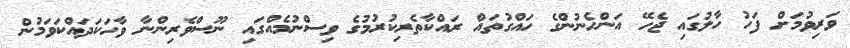
ވަރިވުމަށް ފަހު ހާލުގައި ޖެހޭ އަންހެނުންގެ ހައްގުތައް ރައްކާތެރިކުރުމުގެ ވިސްނުމެއްގައި ނޫސްވެރިންނާ ވާހަކަދައްކަވަމުން